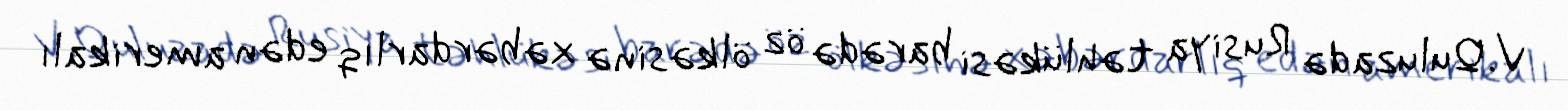
V.Quluzadə Rusiya təhlükəsi barədə öz ölkəsinə xəbərdarlıq edən amerikalı